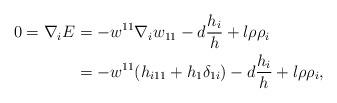
LaTeX: \begin{align*}0=\nabla_{i}E&=-w^{11}\nabla_{i}w_{11}-d\frac{h_{i}}{h}+l\rho\rho_{i}\\&=-w^{11}(h_{i11}+h_{1}\delta_{1i})-d\frac{h_{i}}{h}+l\rho\rho_{i},\end{align*}